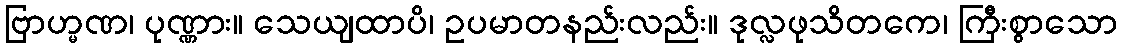
ဗြာဟ္မဏ၊ ပုဏ္ဏား။ သေယျထာပိ၊ ဥပမာတနည်းလည်း။ ဒုလ္လဖုသိတကေ၊ ကြီးစွာသော